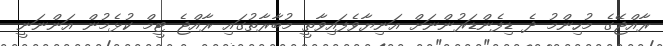
ރާއްޖޭގެ މުހިންމު ދެ ޑިފެންޑަރުންނަށް އަނިޔާވެފައިވާތީ މުބާރާތުގައި ރާއްޖެ ޓީމް ކުޅެމުން އަންނަނީ